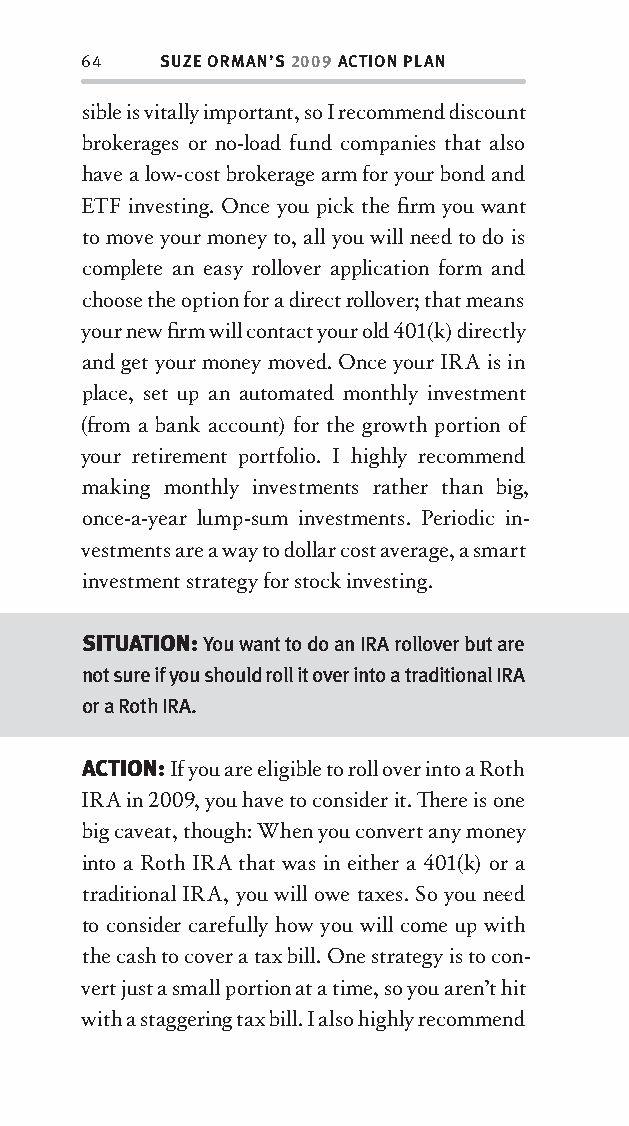
64   SUZE ORMAN’S 2009 ACTION PLAN
 sible is vitally important, so I recommend discount
 brokerages or no-load fund companies that also
 have a low-cost brokerage arm for your bond and
 ETF investing. Once you pick the fi rm you want
 to move your money to, all you will nee d to do is
 complete an easy rollover application form and
 choose the option for a direct rollover; that means
 your new fi rm will contact your old 401(k) directly
 and get your money moved. Once your IRA is in
 place, set up an automated monthly investment
 (fr om a bank account) for the growth portion of
 your retirement portfolio. I highly recommend
 making monthly investments rather than big,
 once-a-year lump-sum investments. Periodic in-
 vestments are a way to dollar cost average, a smart
 investment strategy for stock investing.
 SITUATION: You want to do an IRA rollover but are
 not sure if you should roll it over into a traditional IRA
 or a Roth IRA.
 ACTION: If you are eligible to roll over into a Roth
 IRA in 2009, you have to consider it. Th ere is one
 big caveat, though: When you convert any money
 into a Roth IRA that was in either a 401(k) or a
 traditional IRA, you will owe taxes. So you nee d
 to consider carefully how you will come up with
 the cash to cover a tax bill. One strategy is to con-
 vert just a small portion at a time, so you aren’t hit
 with a staggering tax bill. I also highly recommend
 OOrrmmaa__99778800338855553300993344__44pp__aallll__rr11..iinndddd 6644 1122//33//0088 99::3311::1100 AAMM